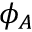
\phi _ { A }